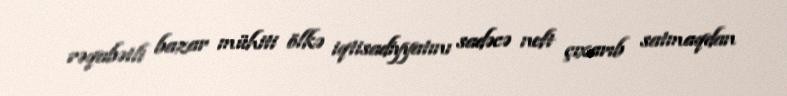
rəqabətli bazar mühiti ölkə iqtisadiyyatını sadəcə neft çıxarıb satmaqdan